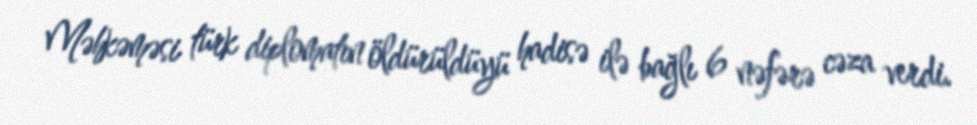
Məhkəməsi türk diplomatın öldürüldüyü hadisə ilə bağlı 6 nəfərə cəza verdi.